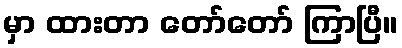
မှာ ထားတာ တော်တော် ကြာပြီ။